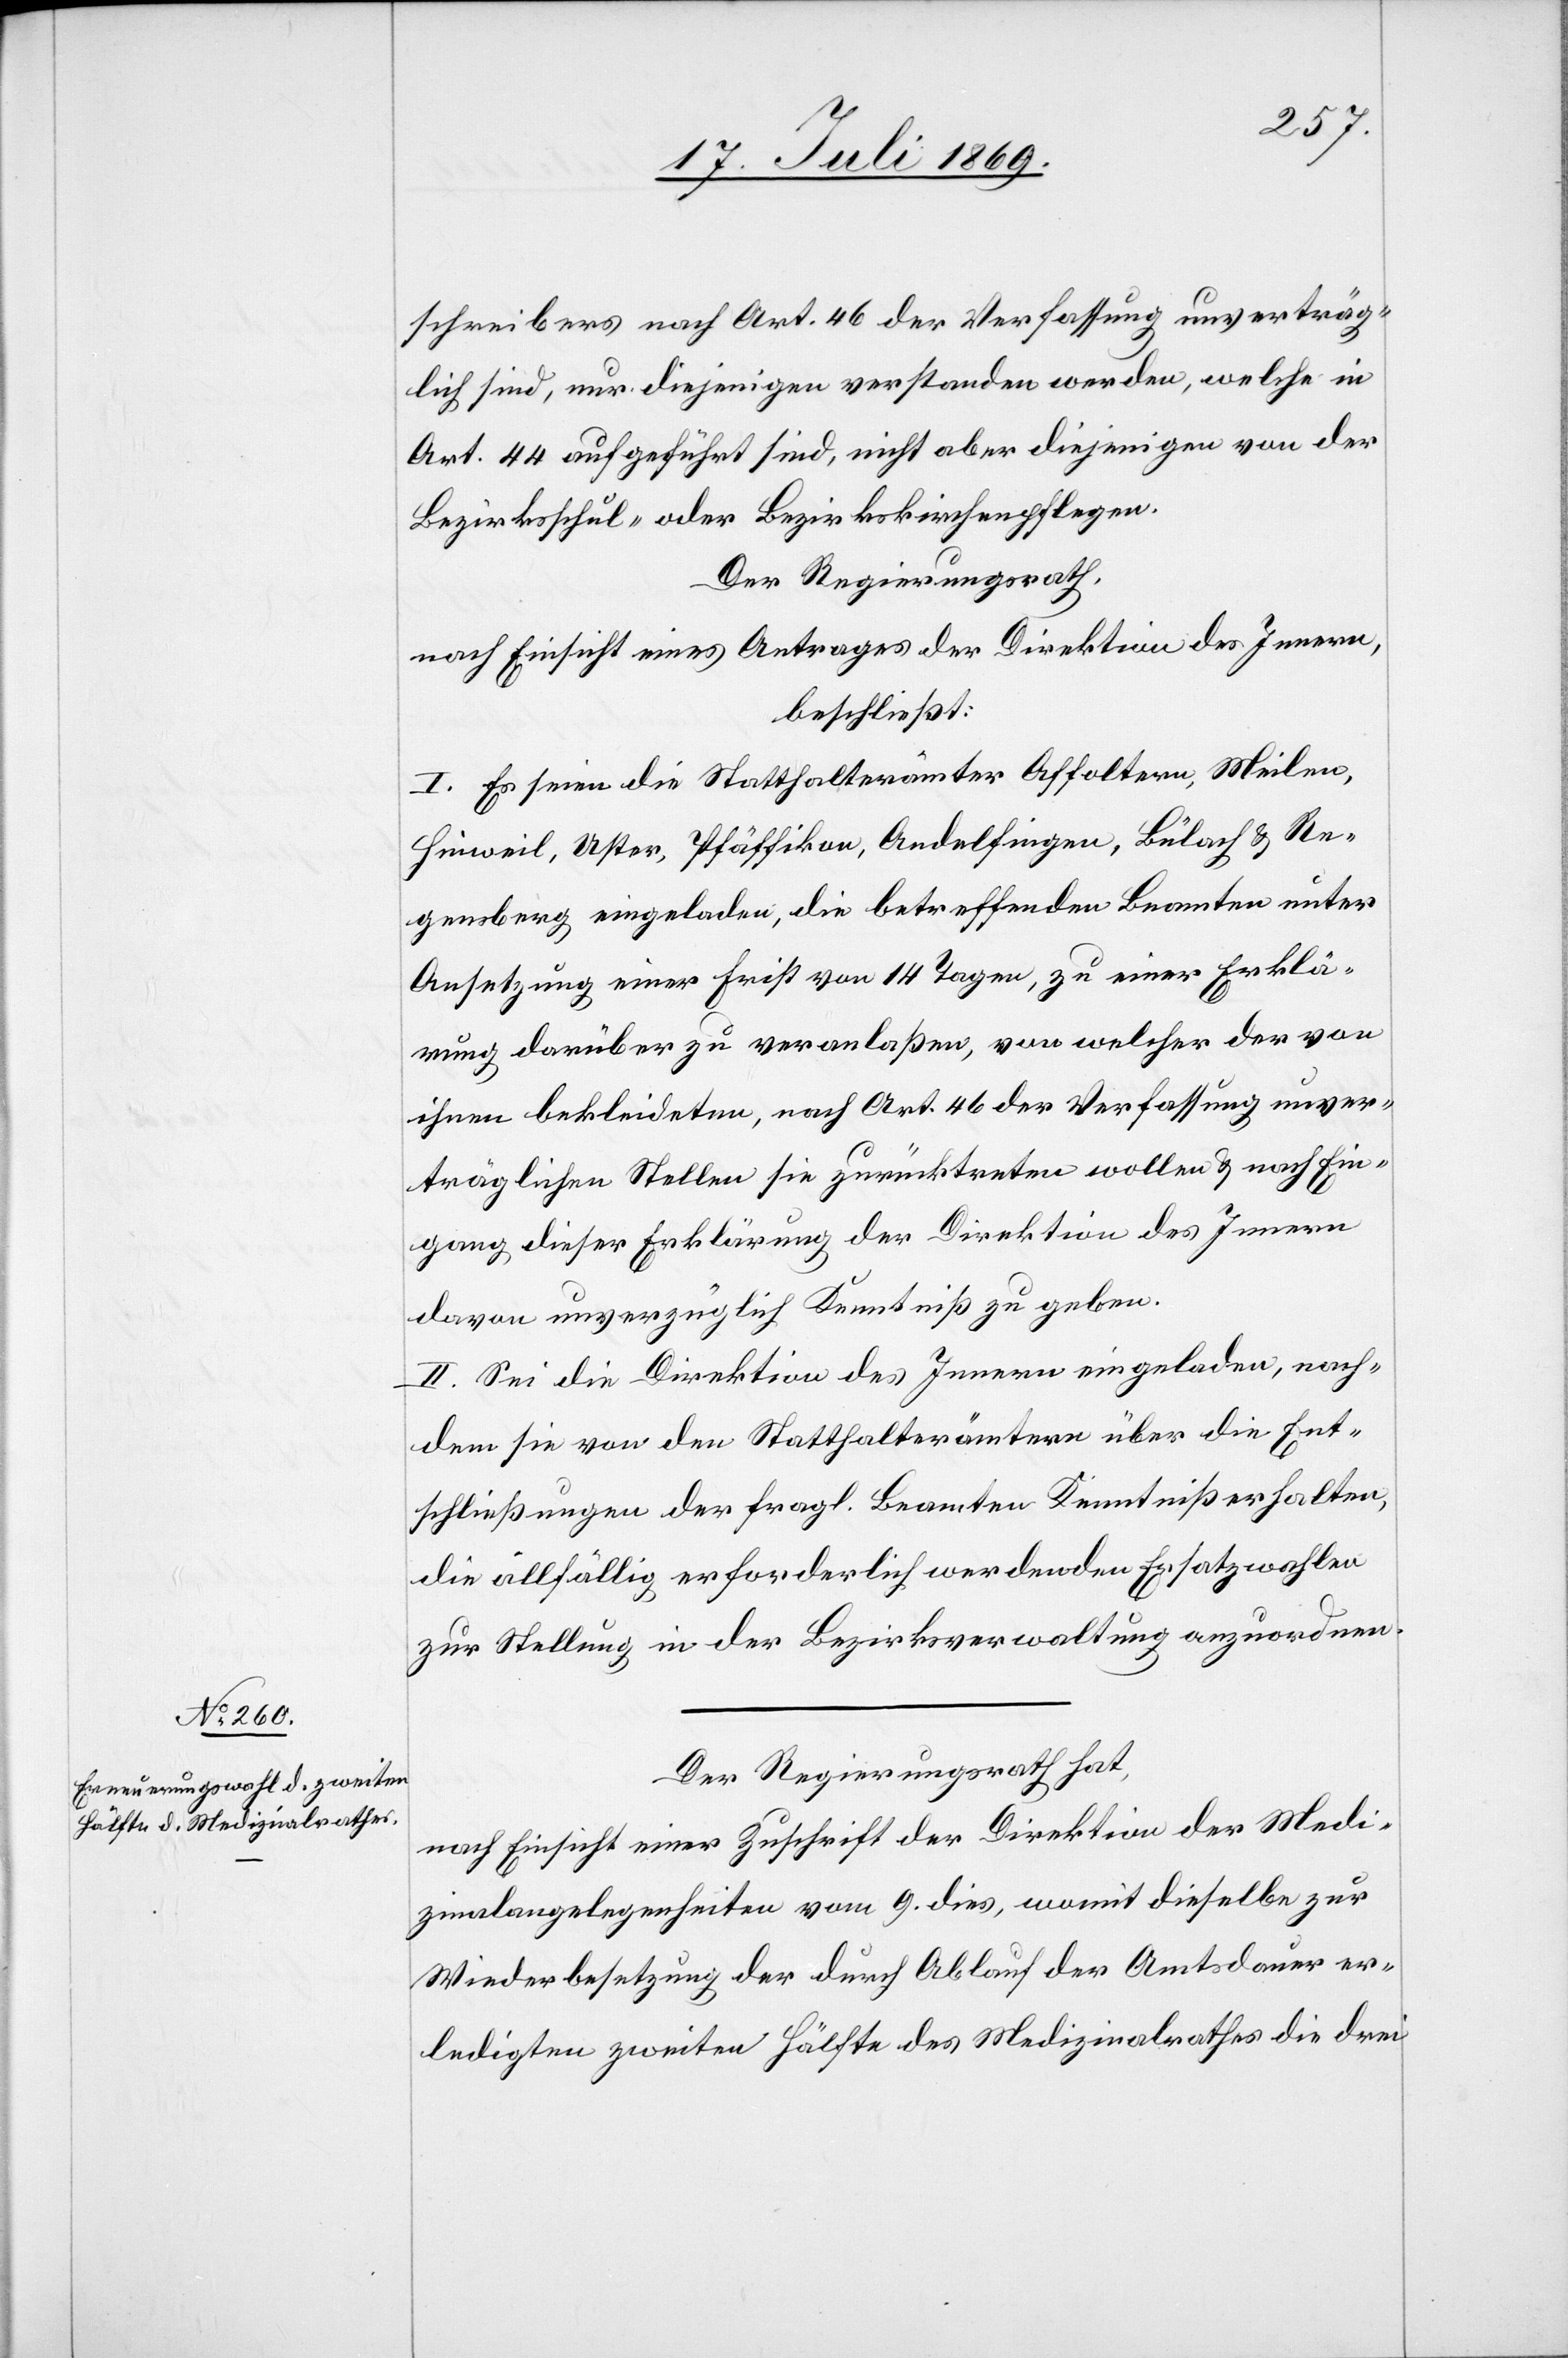
schreibers nach Art. 46 der Verfassung unverträg¬
lich sind, nur diejenigen verstanden werden, welche in
Art. 44 aufgeführt sind, nicht aber diejenigen von der
Bezirksschul- der Bezirkskirchenpflegen.
Der Regierungsrath,
nach Einsicht eines Antrages der Direktion des Innern,
beschließt:
I. Es seien die Statthalterämter Affoltern, Meilen,
Hinweil, Uster, Pfäffikon, Andelfingen, Bülach u. Re¬
gensberg, eingeladen, die betreffenden Beamten unter
Ansetzung einer Frist von 14 Tagen, zu einer Erklä¬
rung darüber zu veranlaßen, von welcher der von
ihnen bekleideten, nach Art. 46 der Verfassung unver¬
träglichen Stellen sie zurücktreten wollen u. nach Ein¬
gang dieser Erklärung der Direktion des Innern
davon unverzüglich Kenntniß zu geben.
II. Sei die Direktion des Innern eingeladen, nach¬
dem sie von den Statthalterämtern über die Ent¬
schließungen der fragl. Beamten Kenntniß erhalten,
die allfällig erforderlich werdenden Ersatzwahlen
zur Stellung in der Bezirksverwaltung anzuordnen.
Der Regierungsrath hat,
nach Einsicht einer Zuschrift der Direktion der Medi¬
zinalangelegenheiten vom 9 dies, womit dieselbe zur
Wiederbesetzung der durch Ablauf der Amtsdauer er¬
ledigten zweiten Hälfte des Medizinalrathes die drei